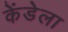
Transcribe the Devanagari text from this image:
केंडेला